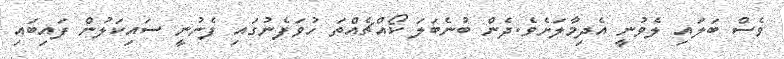
ވެސް ބަލައި ލެވުނީ އެދިމާލަށެވެ.ދެން ބުނެބަލަ ކޯއްޗެއްތަ ހުވަފެނުގައި ފެނުނީ ސައިކަލުން ފައިބައި